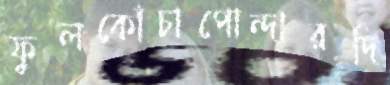
ফুলকোঁচাপোন্দারদি